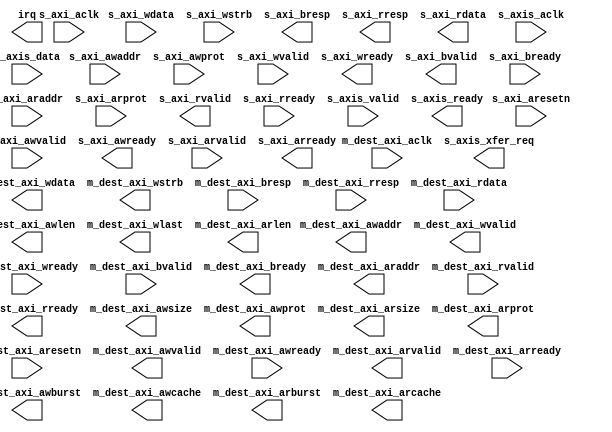
module ad9680_dma (
		input  wire         s_axi_aclk,         //        s_axi_clock.clk
		input  wire         s_axi_aresetn,      //        s_axi_reset.reset_n
		input  wire         s_axi_awvalid,      //              s_axi.awvalid
		input  wire [11:0]  s_axi_awaddr,       //                   .awaddr
		input  wire [2:0]   s_axi_awprot,       //                   .awprot
		output wire         s_axi_awready,      //                   .awready
		input  wire         s_axi_wvalid,       //                   .wvalid
		input  wire [31:0]  s_axi_wdata,        //                   .wdata
		input  wire [3:0]   s_axi_wstrb,        //                   .wstrb
		output wire         s_axi_wready,       //                   .wready
		output wire         s_axi_bvalid,       //                   .bvalid
		output wire [1:0]   s_axi_bresp,        //                   .bresp
		input  wire         s_axi_bready,       //                   .bready
		input  wire         s_axi_arvalid,      //                   .arvalid
		input  wire [11:0]  s_axi_araddr,       //                   .araddr
		input  wire [2:0]   s_axi_arprot,       //                   .arprot
		output wire         s_axi_arready,      //                   .arready
		output wire         s_axi_rvalid,       //                   .rvalid
		output wire [1:0]   s_axi_rresp,        //                   .rresp
		output wire [31:0]  s_axi_rdata,        //                   .rdata
		input  wire         s_axi_rready,       //                   .rready
		output wire         irq,                //   interrupt_sender.irq
		input  wire         m_dest_axi_aclk,    //   m_dest_axi_clock.clk
		input  wire         m_dest_axi_aresetn, //   m_dest_axi_reset.reset_n
		input  wire         s_axis_aclk,        //     if_s_axis_aclk.clk
		input  wire         s_axis_valid,       //    if_s_axis_valid.valid
		input  wire [127:0] s_axis_data,        //     if_s_axis_data.data
		output wire         s_axis_ready,       //    if_s_axis_ready.ready
		output wire         s_axis_xfer_req,    // if_s_axis_xfer_req.xfer_req
		output wire         m_dest_axi_awvalid, //         m_dest_axi.awvalid
		output wire [31:0]  m_dest_axi_awaddr,  //                   .awaddr
		input  wire         m_dest_axi_awready, //                   .awready
		output wire         m_dest_axi_wvalid,  //                   .wvalid
		output wire [127:0] m_dest_axi_wdata,   //                   .wdata
		output wire [15:0]  m_dest_axi_wstrb,   //                   .wstrb
		input  wire         m_dest_axi_wready,  //                   .wready
		input  wire         m_dest_axi_bvalid,  //                   .bvalid
		input  wire [1:0]   m_dest_axi_bresp,   //                   .bresp
		output wire         m_dest_axi_bready,  //                   .bready
		output wire         m_dest_axi_arvalid, //                   .arvalid
		output wire [31:0]  m_dest_axi_araddr,  //                   .araddr
		input  wire         m_dest_axi_arready, //                   .arready
		input  wire         m_dest_axi_rvalid,  //                   .rvalid
		input  wire [1:0]   m_dest_axi_rresp,   //                   .rresp
		input  wire [127:0] m_dest_axi_rdata,   //                   .rdata
		output wire         m_dest_axi_rready,  //                   .rready
		output wire [7:0]   m_dest_axi_awlen,   //                   .awlen
		output wire [2:0]   m_dest_axi_awsize,  //                   .awsize
		output wire [1:0]   m_dest_axi_awburst, //                   .awburst
		output wire [3:0]   m_dest_axi_awcache, //                   .awcache
		output wire [2:0]   m_dest_axi_awprot,  //                   .awprot
		output wire         m_dest_axi_wlast,   //                   .wlast
		output wire [7:0]   m_dest_axi_arlen,   //                   .arlen
		output wire [2:0]   m_dest_axi_arsize,  //                   .arsize
		output wire [1:0]   m_dest_axi_arburst, //                   .arburst
		output wire [3:0]   m_dest_axi_arcache, //                   .arcache
		output wire [2:0]   m_dest_axi_arprot   //                   .arprot
	);
endmodule